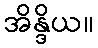
အိန္ဒိယ။